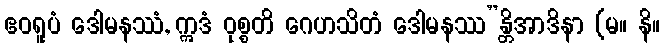
ဧဝရူပံ ဒေါမနဿံ, ဣဒံ ဝုစ္စတိ ဂေဟသိတံ ဒေါမနဿ”န္တိအာဒိနာ (မ။ နိ။